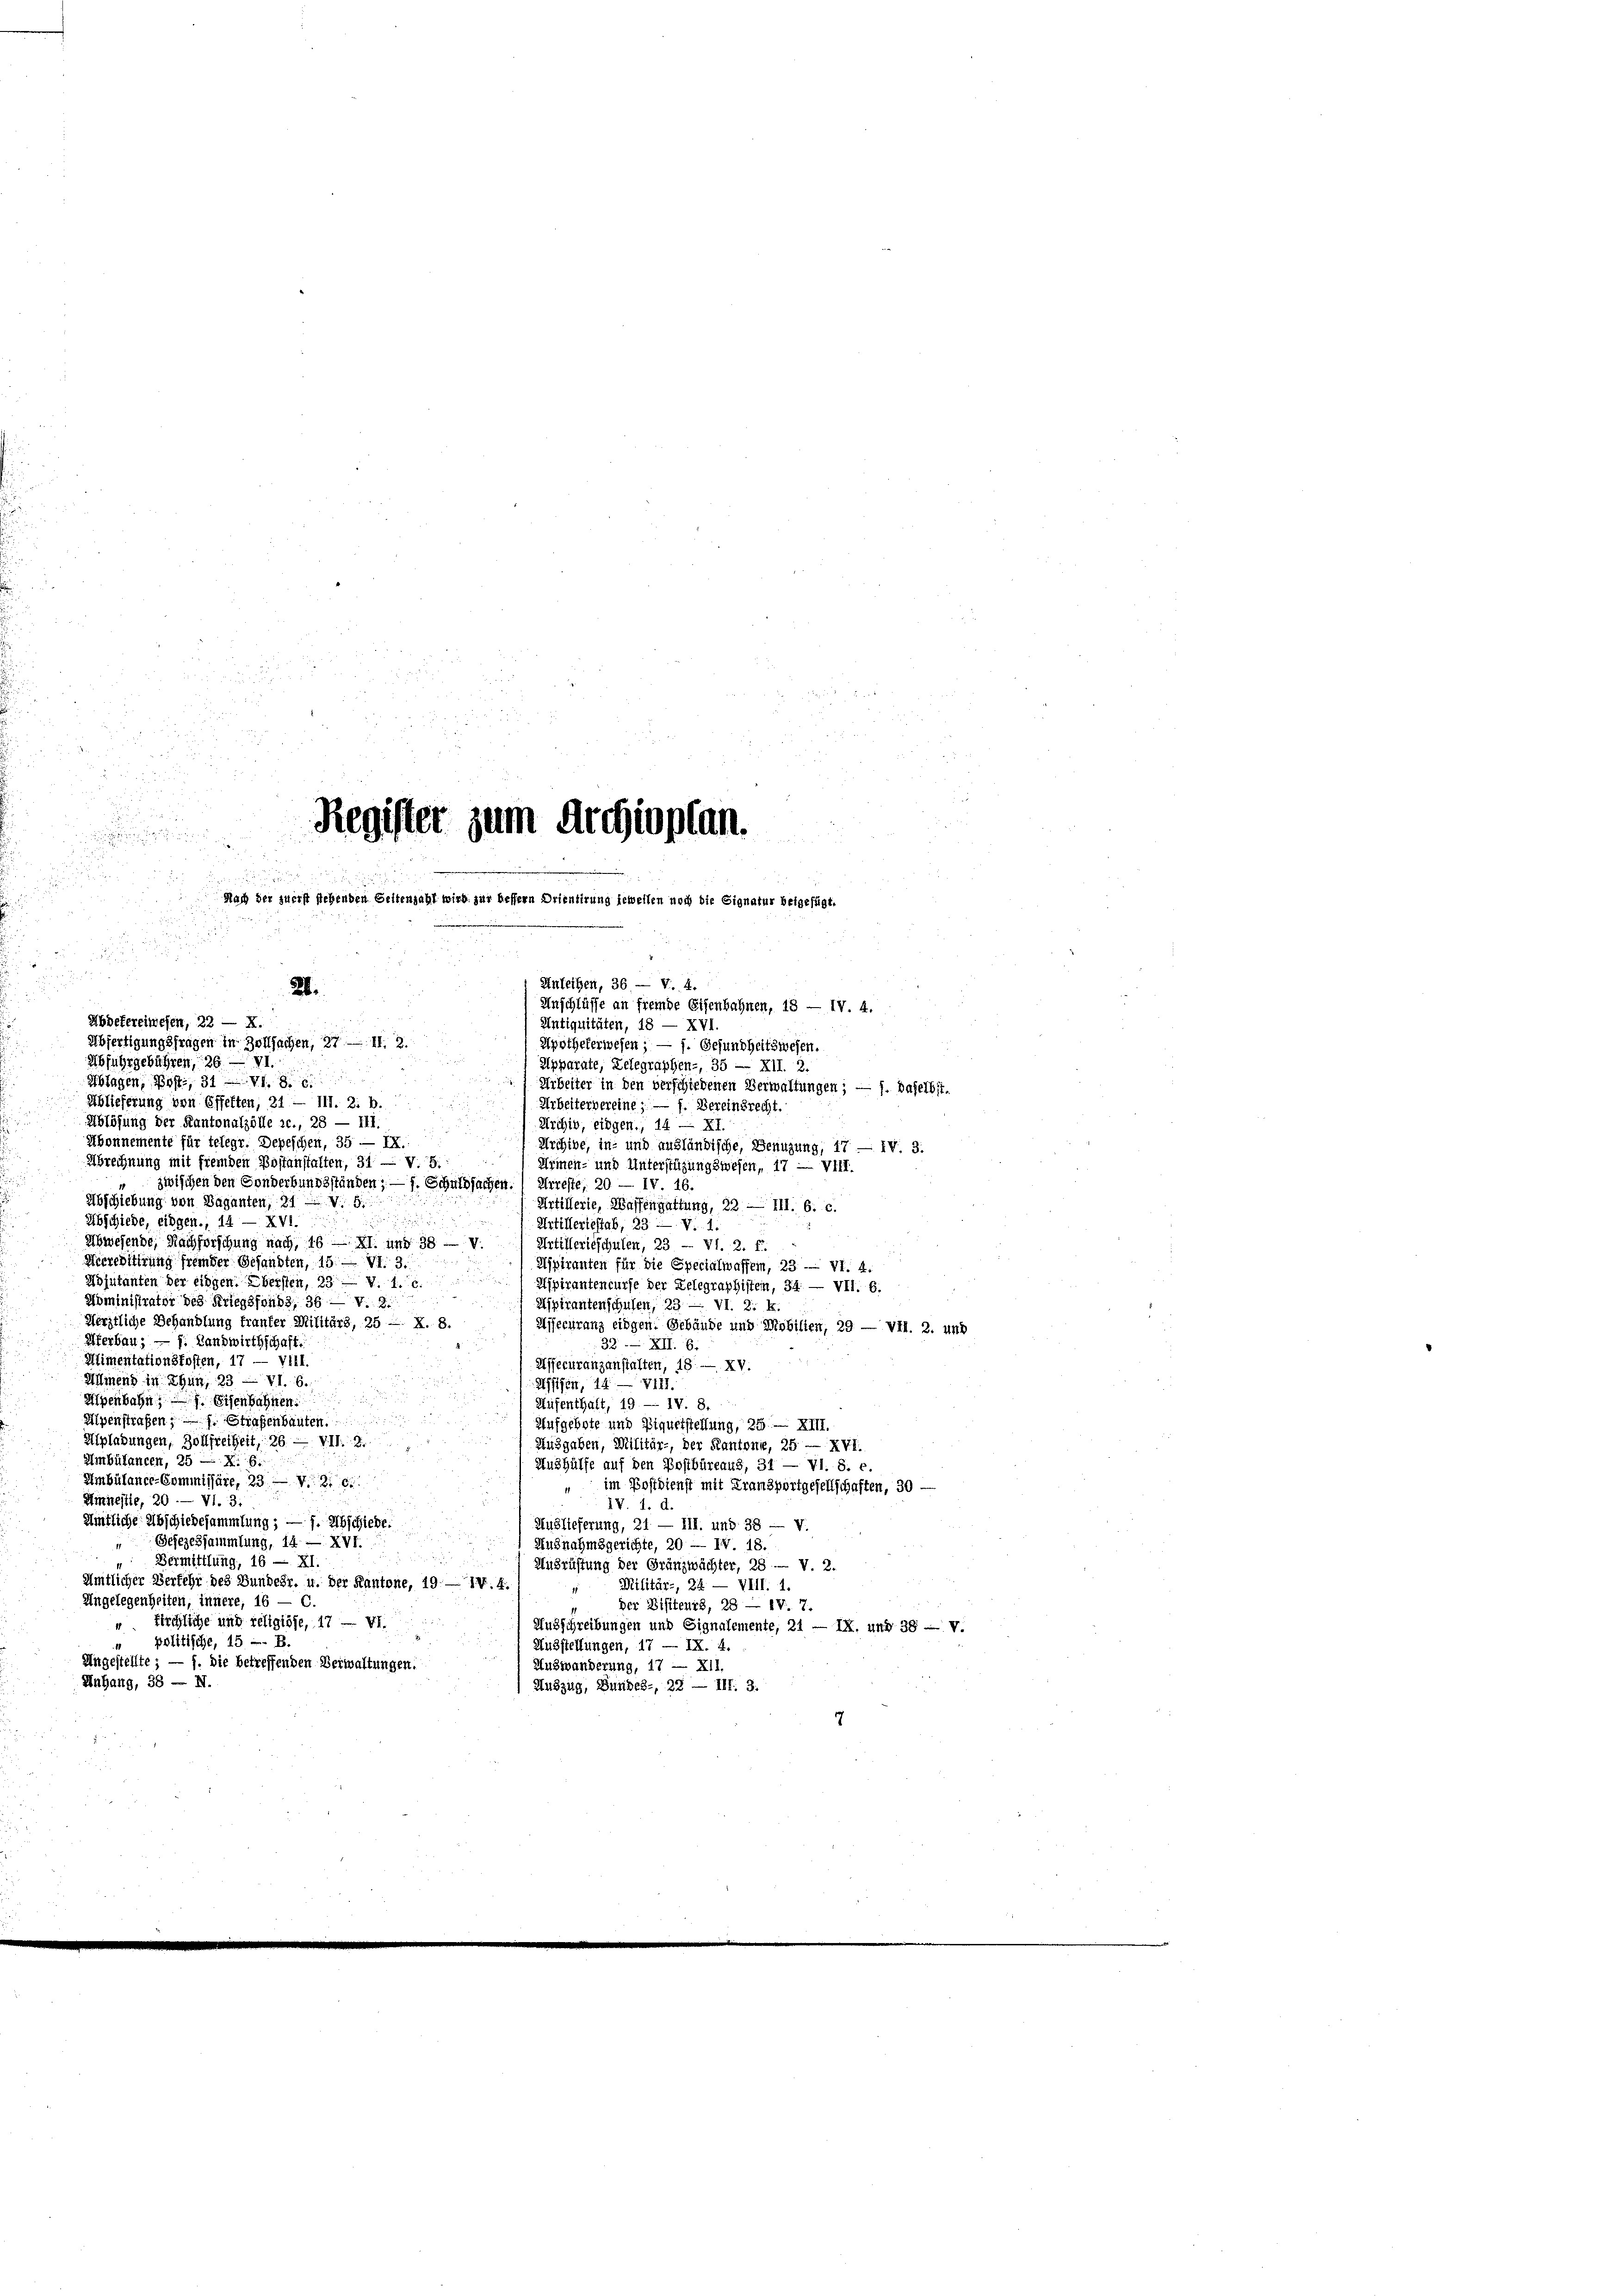
27

Anschlüsse an fremde Eisenbahnen, 18 — IV. 4.
Abdefereiwesen, 22 — X.
Antiquitäten, 18 — XVI
Abfertigungsfragen in Zollsachen, 27 — II. 2.
Apothekerwesen; — 1. Gesundheitswesen.
Abfuhrgebühren, 26. — VI.
Apparate, Delegraphen-, 35 — XII. 2.
Sblagen, Post, 31 v.
Arbeiter in den verschiedenen Verwaltungen; — f. daselbst.
Ablieferung von Effekten, 31 — III. 2. b.
Arbeitervereine; — f. Vereinsrecht.
Ablösung der Kantonalzölle ic., 28 — III.
Archiv, eidgen., 14 — XI
Abonnemente für telegt. Depeschen, 35 — IX.
Archive, in- und ausländische, Benuzung, 17 — IV. 3.
Abrechnung mit fremden Postanstalten, 31. — V.9.
Armen- und Unterstüzungswesen, 17 — VIII.
zwischen den Sonderbungsständen; — f. Schuldsachen. ( Arreste, 20 — IV. 16.
Abschiebung von Baganten, 31. v. 5.
Artillerie, Massengattung, 22 — III. b. c.
Abschiede, Eidgen., 14 — XV
Artillertestab, 23 - V. 1.
Abwesende, Nachforschung nach, 16 — XI. und 38 — v
Artillerieschulen, 23 — VI. 2. f.
Herreditirung fremder Gesandten, 15. — VI. 3.
Aspiranten für die Specialwaffen, 23 - Vf. 4.
Wojutanten der eingen. Übersten, 23. v. 1.
Hspirantencurse der Relegraphisten, 34. — VII. 6.
Administrator des Kriegsfonds, 38 — v. 3.
Aspirantenschulen, 23 — VI. Z: k.
Herstliche Behandlung franker Militärs, 25 —
Hisecuranz eidgen. Gebäude und Mobilien, 29 — VII. 2. und
Uferbau; — J. Landwirthschaft.
33. XII. 6.
Alimentationsfosten, 17 — Vill.
Affecuranzanstalten, 18. — XV.
Allmend in Thun, 23 — VI. 6.
Asien, 14 — 4111.
Alpenbahn, Eisenbahnen.
Hufenthalt, 19 — IV. 8.
Alpenstraßen; f. Straßenbauten
Aufgebote und Biquetstellung, 25 — XIII.
Mipladungen, Zollfreiheit, 26. — VII. 2.
Ausgaben, Militär-, der Kantone, 25 — XVI.
Ambülancen, 25 — X. 6.
Aushülfe auf den Postbüreaus, 31 — VI. 8. e.
Ambülance-Commissäre, 23. — V. 816.
im Postdienst mit Fransportgesellschaften, 30 —
Amnestie, 20. — VI. 3.
IV. 1. d.
Amtliche Abschiedesammlung ; — 7. Abschiede
Auslieferung, 21. — III. und 38 — V.
Sehezessammlung, 14 — XVI.
 Ausnahmsgerichte, 20 — IV. 18.

Vermittlung, 16 — XI.
Ausrüstung der Gränzwächter, 28 v. 2.
Amtlicher Verfehr des Bundesr. u. der Kantone, 19. — 14. 4
Militär-, 24. — VIII. 1.
Angelegenheiten, innere, 16 — C.
der Bisiteurs, 28 — IV. 7.
" Kirchliche und religiöse, 17 — VI.
Ausschreibungen und Signalemente, 21 — IX. und 38 — v.
 politische, 15 - B.
Ausstellungen, 17 — IX. 4
Angestellte; — f. die betreffenden Verwaltungen.
Auswanderung, 17 — XII.
Anhang, 38 — N.
 Auszug, Bundes-, 22 — III. 3.

.
35
7

23

Register zum Archioplan.

Nach der zuerst stehenden Seitenzahl wird für bessern Drientirung jeweilen noch die Signatur beigefügt.

Anleihen, 36. — V. 4.
24.